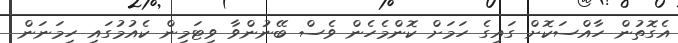
އެގޮތުން ހާއްސަކޮށް ގައިގެ ހަމަށް ކޮންމެހެން ވެސް ބޭނުންވާ ވިޓަމިން ކެއުމުގައި ހިމަނަން